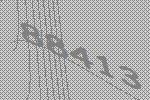
88413